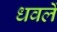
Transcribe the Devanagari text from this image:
धवलें